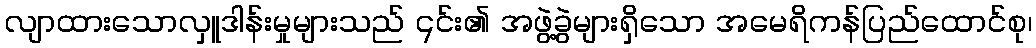
လျာထားသောလှူဒါန်းမှုများသည် ၎င်း၏ အဖွဲ့ခွဲများရှိသော အမေရိကန်ပြည်ထောင်စု၊